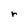
Character: r